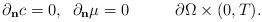
LaTeX: \begin{align*}\partial_{\mathbf{n}}c=0,\;\;\partial_{\mathbf{n}}\mu=0\;\;\;\;\;\;\;\;\;\;\partial\Omega\times(0,T).\end{align*}